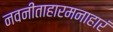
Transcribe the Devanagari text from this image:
नवनीताहारमनाहारं